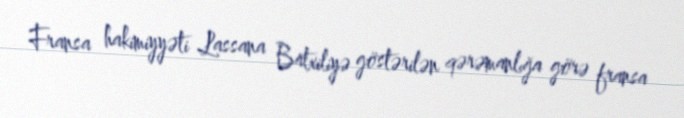
Fransa hakimiyyəti Lassana Batxiliyə göstərilən qərəmanlığa görə fransa